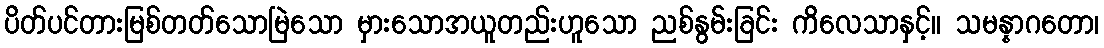
ပိတ်ပင်တားမြစ်တတ်သောမြဲသော မှားသောအယူတည်းဟူသော ညစ်နွမ်းခြင်း ကိလေသာနှင့်။ သမန္နာဂတော၊